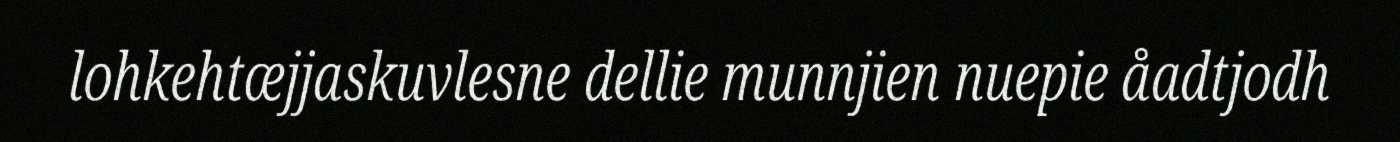
lohkehtæjjaskuvlesne dellie munnjien nuepie åadtjodh